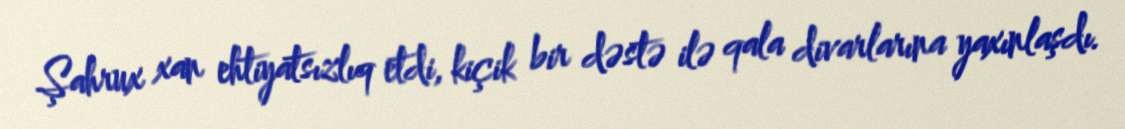
Şahrux xan ehtiyatsızlıq etdi, kiçik bir dəstə ilə qala divarlarına yaxınlaşdı.